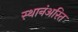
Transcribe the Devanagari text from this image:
स्थानंअरित